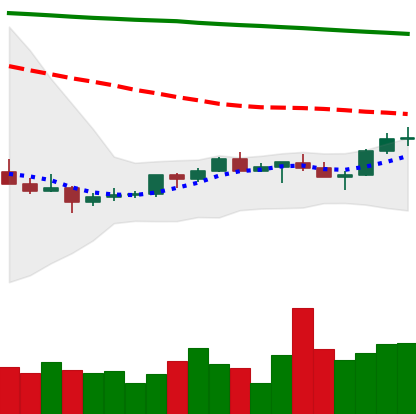
Ticker: XMR-USD
Chart end date: 2022-07-16
Forward return: 8.609%
Label: up_7plus